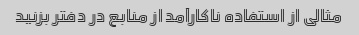
مثالی از استفاده ناکارآمد از منابع در دفتر بزنید